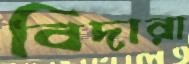
বিদারা